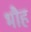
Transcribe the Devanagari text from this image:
भौह